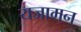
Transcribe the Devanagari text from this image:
यजामन